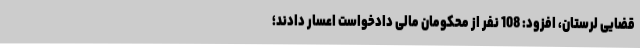
قضایی لرستان، افزود: 108 نفر از محکومان مالی دادخواست اعسار دادند؛